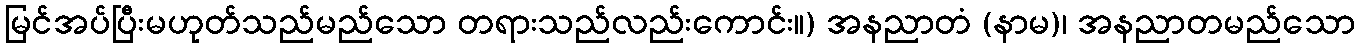
မြင်အပ်ပြီးမဟုတ်သည်မည်သော တရားသည်လည်းကောင်း။) အနညာတံ (နာမ)၊ အနညာတမည်သော